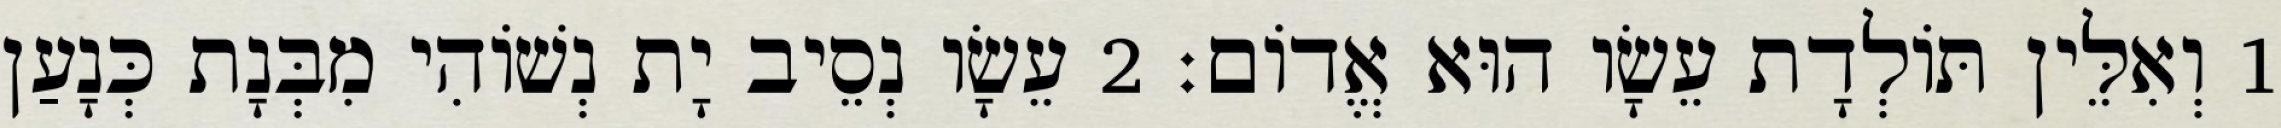
1 וְאִלֵּין תּוֹלְדָת עֵשָׂו הוּא אֱדוֹם׃ 2 עֵשָׂו נְסֵיב יָת נְשׁוֹהִי מִבְּנָת כְּנָעַן